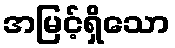
အမြင့်ရှိသော